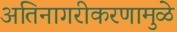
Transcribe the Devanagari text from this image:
अतिनागरीकरणामुळे